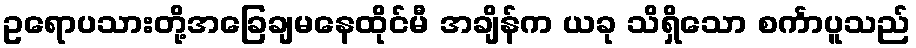
ဥရောပသားတို့အခြေချမနေထိုင်မီ အချိန်က ယခု သိရှိသော စင်္ကာပူသည်